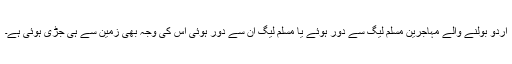
اردو بولنے والے مہاجرین مسلم لیگ سے دور ہوئے یا مسلم لیگ ان سے دور ہوئی اس کی وجہ بھی زمین سے ہی جڑی ہوئی ہے۔